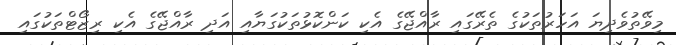
މިވޭތުވެދިޔަ އަހަރުތަކުގެ ތެރޭގައި ރާއްޖޭގެ އެކި ކަންކޮޅުތަކުގަޔާއި އަދި ރާއްޖޭގެ އެކި ރިޒޯޓްތަކުގައި